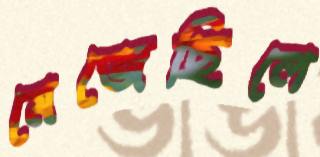
মেজেছিলে